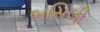
બસિલી